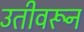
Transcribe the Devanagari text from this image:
उतीवरून